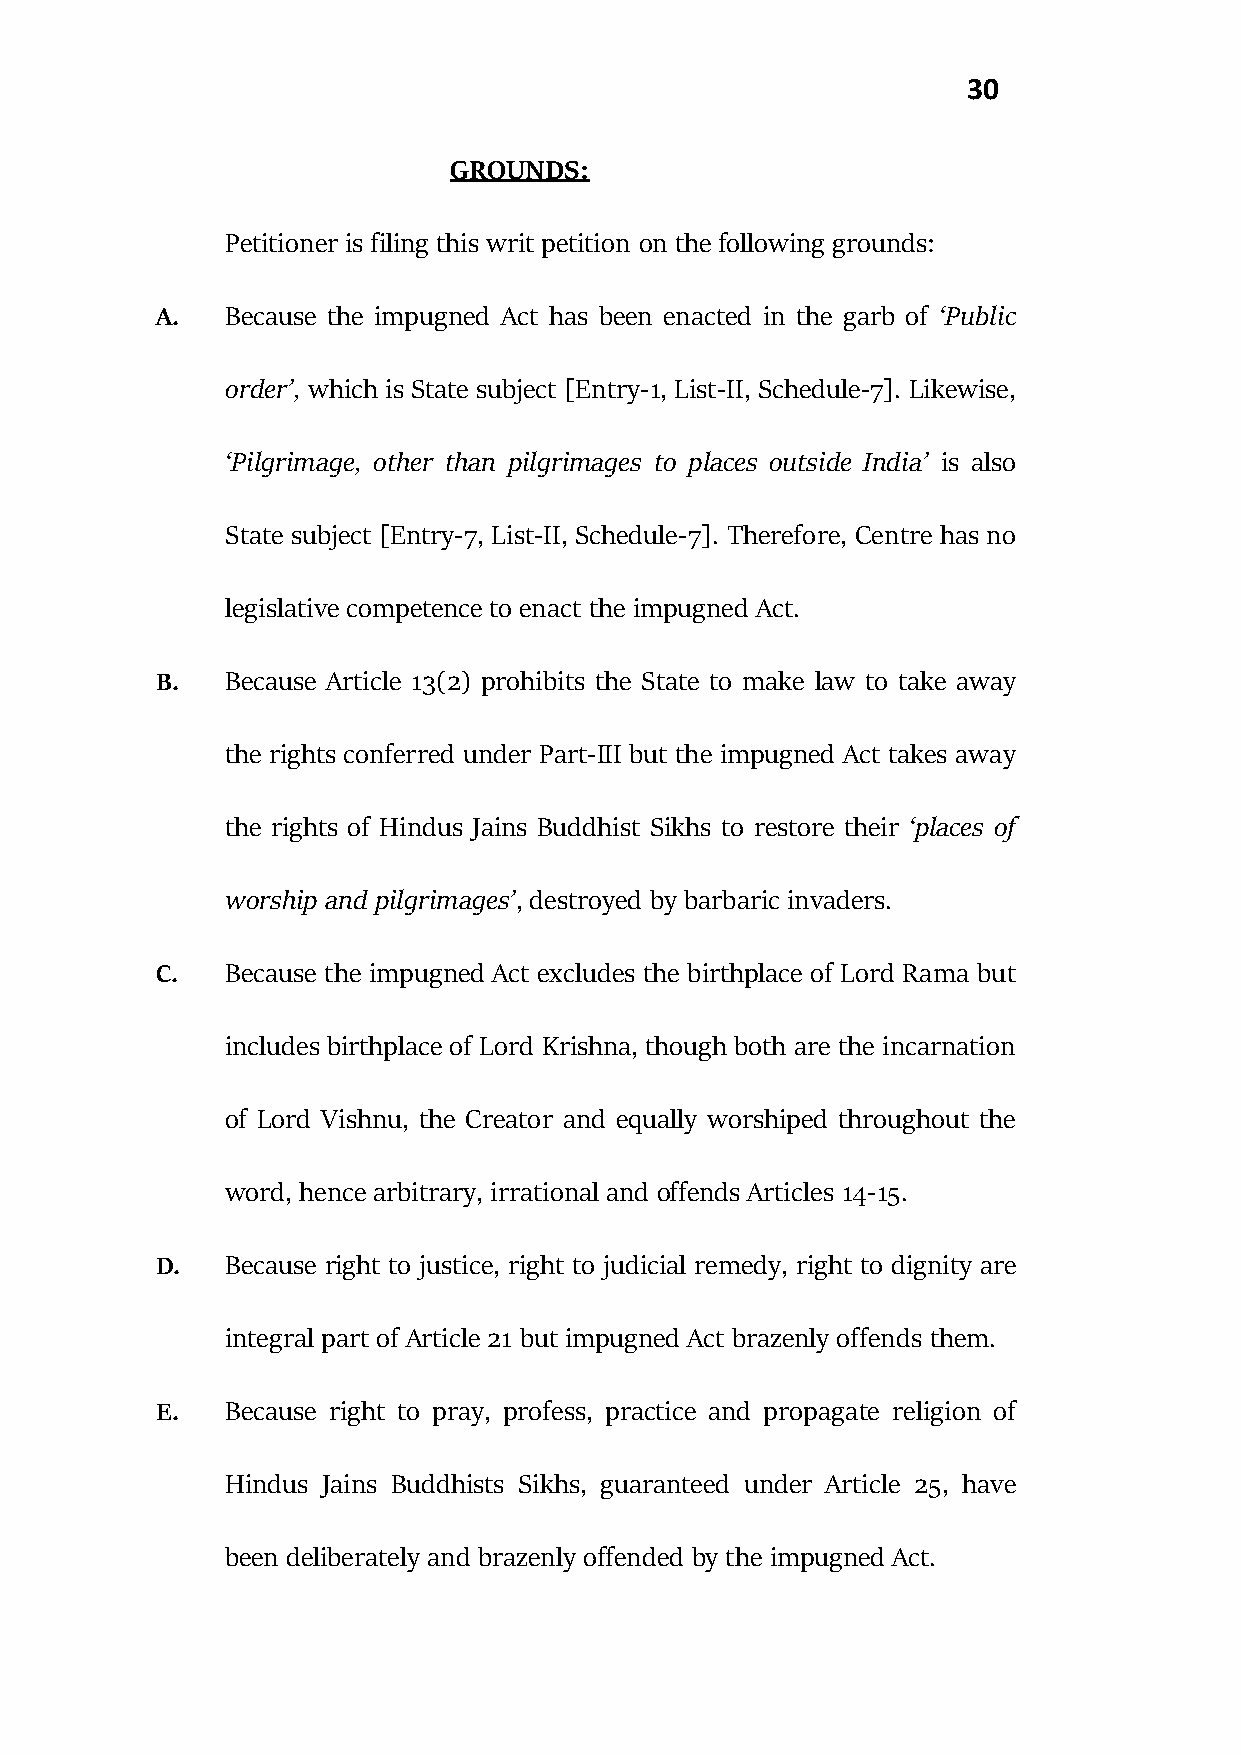
30
 GROUNDS:
 Petitioner is filing this writ petition on the following grounds:
 A.   Because the impugned Act has been enacted in the garb of ‘Public
 order’, which is State subject [Entry-1, List-II, Schedule-7]. Likewise,
 ‘Pilgrimage, other than pilgrimages to places outside India’ is also
 State subject [Entry-7, List-II, Schedule-7]. Therefore, Centre has no
 legislative competence to enact the impugned Act.
 B.   Because Article 13(2) prohibits the State to make law to take away
 the rights conferred under Part-III but the impugned Act takes away
 the rights of Hindus Jains Buddhist Sikhs to restore their ‘places of
 worship and pilgrimages’, destroyed by barbaric invaders.
 C.   Because the impugned Act excludes the birthplace of Lord Rama but
 includes birthplace of Lord Krishna, though both are the incarnation
 of Lord Vishnu, the Creator and equally worshiped throughout the
 word, hence arbitrary, irrational and offends Articles 14-15.
 D.   Because right to justice, right to judicial remedy, right to dignity are
 integral part of Article 21 but impugned Act brazenly offends them.
 E.   Because right to pray, profess, practice and propagate religion of
 Hindus Jains Buddhists Sikhs, guaranteed under Article 25, have
 been deliberately and brazenly offended by the impugned Act.